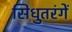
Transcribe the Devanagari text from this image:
सिधुतरंगें